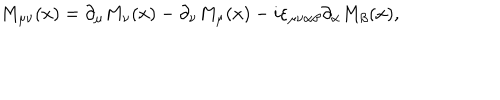
LaTeX: M _ { \mu \nu } ( x ) = \partial _ { \mu } M _ { \nu } ( x ) - \partial _ { \nu } M _ { \mu } ( x ) - i \varepsilon _ { \mu \nu \alpha \beta } \partial _ { \alpha } M _ { \beta } ( x ) ,